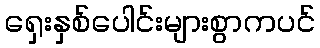
ရှေးနှစ်ပေါင်းများစွာကပင်